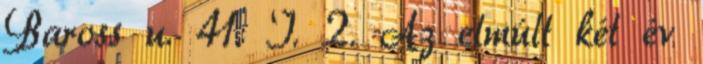
Baross u. 41. I. 2. Az elmúlt két év